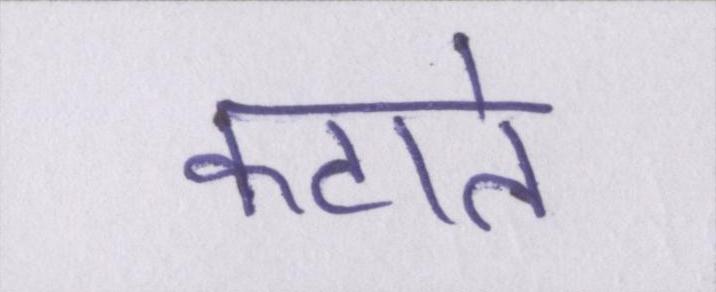
कटाते